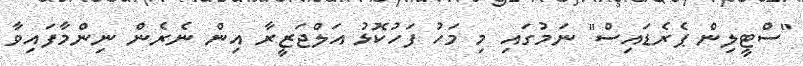
"ސްޓީލިން ޕެރެޑައިސް" ނަމުގައި މި މަހު ފަހުކޮޅު އަލްޖަޒީރާ އިން ނެރެން ނިންމާފައިވާ